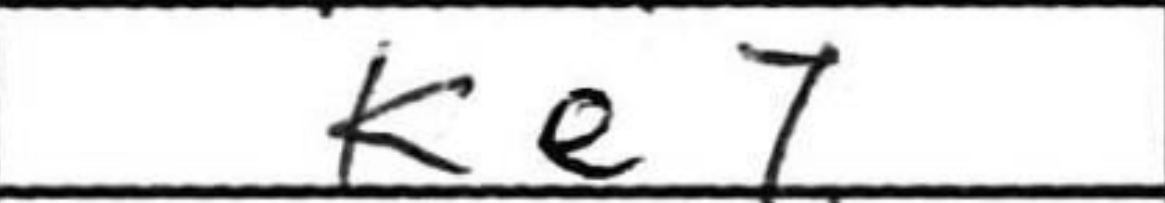
Transcription: Ke7